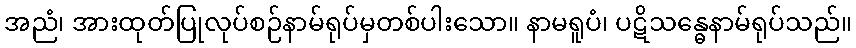
အညံ၊ အားထုတ်ပြုလုပ်စဉ်နာမ်ရုပ်မှတစ်ပါးသော။ နာမရူပံ၊ ပဋိသန္ဓေနာမ်ရုပ်သည်။